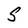
Character: S